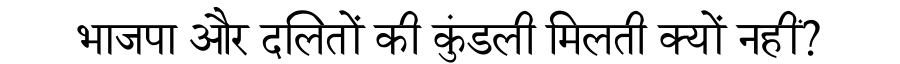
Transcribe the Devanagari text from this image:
भाजपा और दलितों की कुंडली मिलती क्यों नहीं?